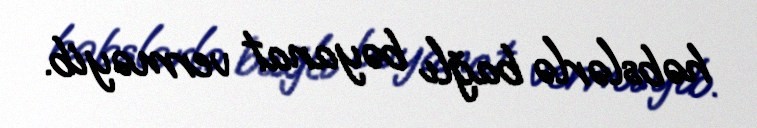
həbslərlə bağlı bəyanat verməyib.